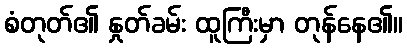
စံတုတ်၏ နှုတ်ခမ်း ထူကြီးမှာ တုန်နေ၏။